Vaccination in Bombay 1889-1901 - 1889-1901
Year: 1889
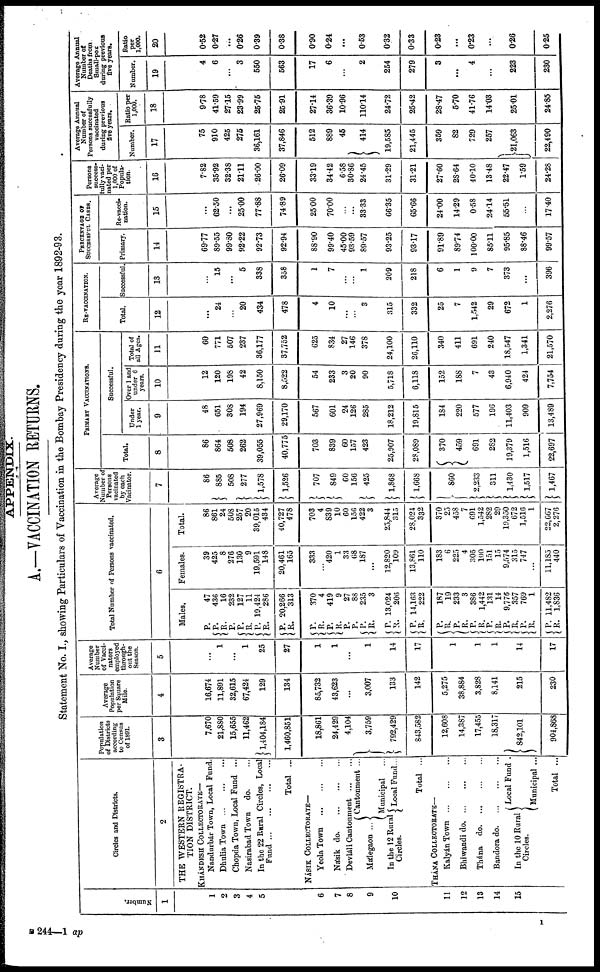
APPENDIX.
A.—VACCINATION RETURNS.
Statement No. I., showing Particulars of Vaccination in the Bombay Presidency during the year 1892-93.
Number.
1
1
2
3
4
5
6
7
8
9
10
11
12
13
14
15
Circles and Districts.
2
THE WESTERN REGISTRA-
TION DISTRICT.
KHÁNDESH COLLECTORATE—
Nandurbár Town, Local Fund.
Dhulia Town
...
...
...
Chopda Town, Local Fund ...
Nasirabad Town
do. ...
In the 22 Rural Circles, Local
Fund...
...
...
...
Total ...
NÁSIK COLLECTORATE—
Yeola Town
...
...
...
Násik do.
...
...
...
Devláli
Cantonment...
...
Málegaon ...
In the 12 Rural
Circles.
Cantonment ...
Municipal ...
Local Fund...
Total ...
THÁNA COLLECTORATE—
Kalyán Town ... ... ...
Bhiwandi
do.
...
...
...
Thána
do. ... ... ...
Bandora do. ... ... ...
In the 10 Rural
Circles.
Local Fund .
Municipal ...
Total ...
Population
of Districts
according
to Census
of 1891.
3
7,670
21,880
15,655
11,462
1,404,184
1,460,851
18,861
24,429
4,104
3,759
792,429
843,582
12,608
14,387
17,455
18,317
842,101
904,868
Average
Population
per Square
Mile.
4
16,674
11,891
32,615
67,424
129
134
85,732
43,623
...
3,007
133
142
5,275
38,884
3,828
8,141
215
230
Average
Number
of Vacci¬
nators
employed
through-
out the
Season.
5
...
1
...
1
25
27
1
1
...
1
14
17
1
1
1
14
17
Total Number of Persons vaccinated.
6
Males.
P.
P.
R.
P.
P.
R.
P.
R.
P.
R.
P.
R.
P.
R.
P.
P.
P.
R.
P.
R.
P.
R.
P.
R.
P.
R.
P.
R.
P.
R.
P.
R.
P.
R.
P.
R.
47
436
16
232
127
11
19,424
286
20,266
313
370
4
419
9
27
88
235
3
13,024
206
14,163
222
187
19
233
3
386
1,442
131
14
9,776
357
769
1
11,482
1,836
Females.
39
425
8
276
130
9
19,591
148
20,461
165
333
...
420
1
33
68
187
...
12,820
109
13,861
110
183
6
225
4
305
100
151
15
9,574
315
747
...
11,185
440
Total.
86
861
24
508
257
20
39,015
434
40,727
478
703
4
839
10
60
156
422
3
25,844
315
28,024
332
370
25
458
7
691
1,542
282
29
19,350
672
1,516
1
22,667
2,276
Average
Number of
Persons
vacinated
by each
Vacinator.
7
86
885
508
277
1,578
1,526
707
849
60
156
425
1,868
1,668
860
2,233
311
1,430
1,517
1,467
PRIMARY VACCINATIONS.
Total.
8
86
864
508
262
39,055
40,775
703
839
60
157
423
25,907
28,089
370
459
691
282
19,379
1,516
22,697
Successful.
Under
1 year.
9
48
651
308
194
27,969
29,170
567
601
24
126
285
18,212
19,815
184
220
577
196
11,403
909
13,489
Over 1 and
under 6
years.
10
12
120
198
42
8,150
8,522
54
233
3
20
90
5,718
6,118
152
188
7
43
6,940
424
7,754
Total of
all Ages.
11
60
771
507
237
36,177
37,752
625
834
27
146
378
24,100
26,110
340
411
691
240
18,547
1,341
21,570
RE-VACCINATION.
Total.
12
...
24
...
20
434
478
4
10
...
...
3
315
332
25
7
1,542
29
672
1
2,276
Successful
13
...
15
...
5
338
358
1
7
...
...
1
209
218
6
1
9
7
373
...
396
PERCENTAGE OF
SUCCESSFUL CASES.
Primary.
14
69.77
89.55
99.80
92.22
92.73
92.94
88.90
99.40
45.00
93.59
89.57
93.25
93.17
91.89
89.74
100.00
85.11
95.85
88.46
99.57
Re-vacci-
nation.
15
...
62.50
...
25.00
77.88
74.89
25.00
70.00
...
...
33.33
66.35
65.66
24.00
14.29
0.58
24.14
55.51
...
17.40
Persons
success-
fully vaci¬
nated per
1,000 of
Popula-
tion.
16
7.82
35.92
32.38
21.11
26.00
26.09
33.19
34.42
6.58
30.86
24.45
31.29
31.21
27.60
28.64
40.10
13.48
22.47
1.59
24.28
Average Annual
Number of
Persons succssfully
vaccinated
during previous
five years.
Number.
17
75
910
425
275
36,161
37,846
512
889
45
414
19,585
21,445
359
82
729
257
21,063
22,490
Ratio per
1,000.
18
9.78
41.59
27.15
23.99
25.75
25.91
27.14
36.39
10.96
110.14
24.72
25.42
28.47
5.70
41.76
14.03
25.01
24.85
Average Annual
Number of
Deaths from
Small-pox
during previous
five years.
Number.
19
4
6
...
3
550
563
17
6
...
2
254
279
3
...
4
...
223
230
Ratio
per
1,000.
20
0.52
0.27
...
0.26
0.39
0.38
0.90
0.24
...
0.53
0.32
0.33
0.23
...
0.23
...
0.26
0.25
B 244—1 ap
1